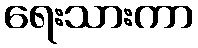
ရေးသားကာ